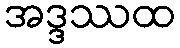
အဒ္ဒဿထ